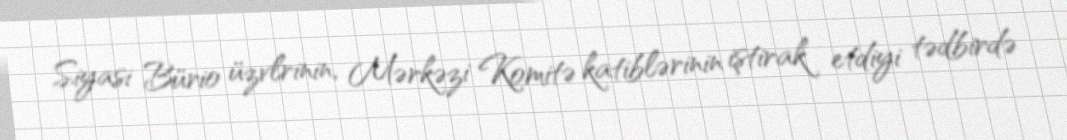
Siyasi Bürio üzvlrinin, Mərkəzi Komitə katiblərinin iştirak etdiyi tədbirdə